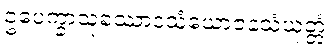
ဥပေက္ခာသုခဿာဒသံယောဇနသံယုတ္တံ